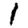
Digit: 1